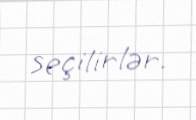
seçilirlər.